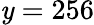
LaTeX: \mathit{y}=256